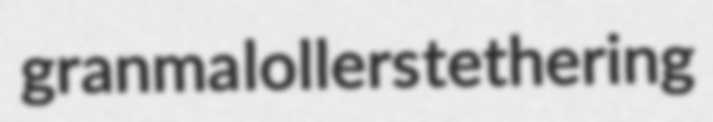
granma lollers tethering